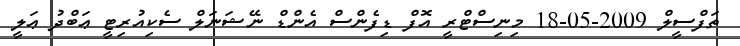
ތަފްސީލް 2009-05-18 މިނިސްޓްރީ އޮފް ޑިފެންސް އެންޑް ނޭޝަނަލް ސެކިއުރިޓީ ޢަބްދު ޢަލީ